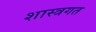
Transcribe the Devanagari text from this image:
शास्त्रगत